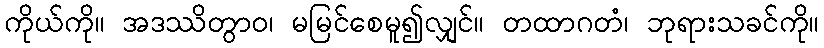
ကိုယ်ကို။ အဒဿိတွာဝ၊ မမြင်စေမူ၍လျှင်။ တထာဂတံ၊ ဘုရားသခင်ကို။